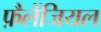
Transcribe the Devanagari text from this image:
फ़ैलैंजियल